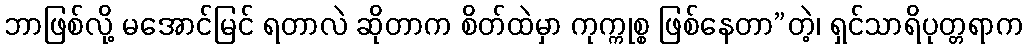
ဘာဖြစ်လို့ မအောင်မြင် ရတာလဲ ဆိုတာက စိတ်ထဲမှာ ကုက္ကုစ္စ ဖြစ်နေတာ”တဲ့၊ ရှင်သာရိပုတ္တရာက